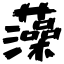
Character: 藻